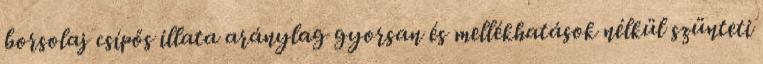
borsolaj csípős illata aránylag gyorsan és mellékhatások nélkül szünteti